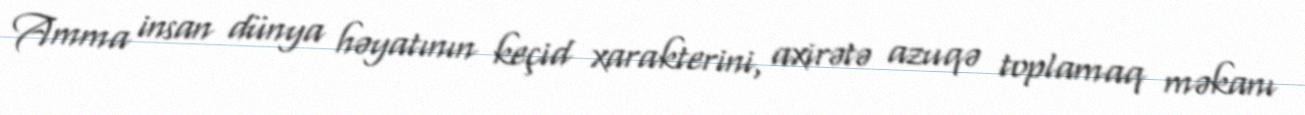
Amma insan dünya həyatının keçid xarakterini, axirətə azuqə toplamaq məkanı